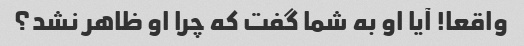
واقعا! آیا او به شما گفت که چرا او ظاهر نشد؟